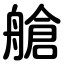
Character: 艙